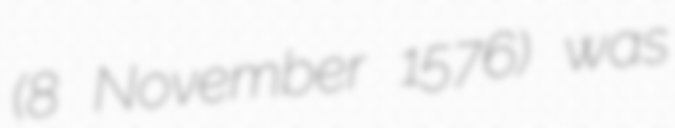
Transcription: (8 November 1576) was